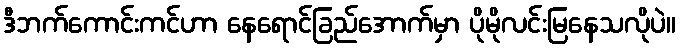
ဒီဘက်ကောင်းကင်ဟာ နေရောင်ခြည်အောက်မှာ ပိုမိုလင်းမြနေသလိုပဲ။